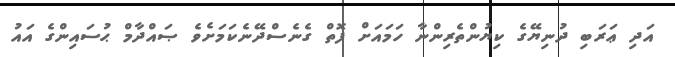
އަދި ޢަރަބި ދުނިޔޭގެ ކިޔުންތެރިންނާ ހަމައަށް ފޮތް ގެނެސްދޭނެކަމަށެވެ ޞައްދާމް ޙުސައިންގެ އައު